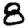
Digit: 8